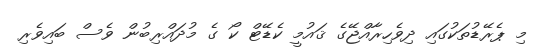
މި ޕެރޭޑުތަކުގައި ދިވެހިރާއްޖޭގެ ޤައުމީ ކެޑޭޓް ކޯ ގެ މުދައްރިބުން ވެސް ބައިވެރި